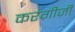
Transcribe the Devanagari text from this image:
करग़ीज़ी